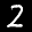
Label: 2